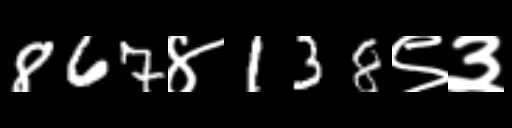
Text: 867४138९३